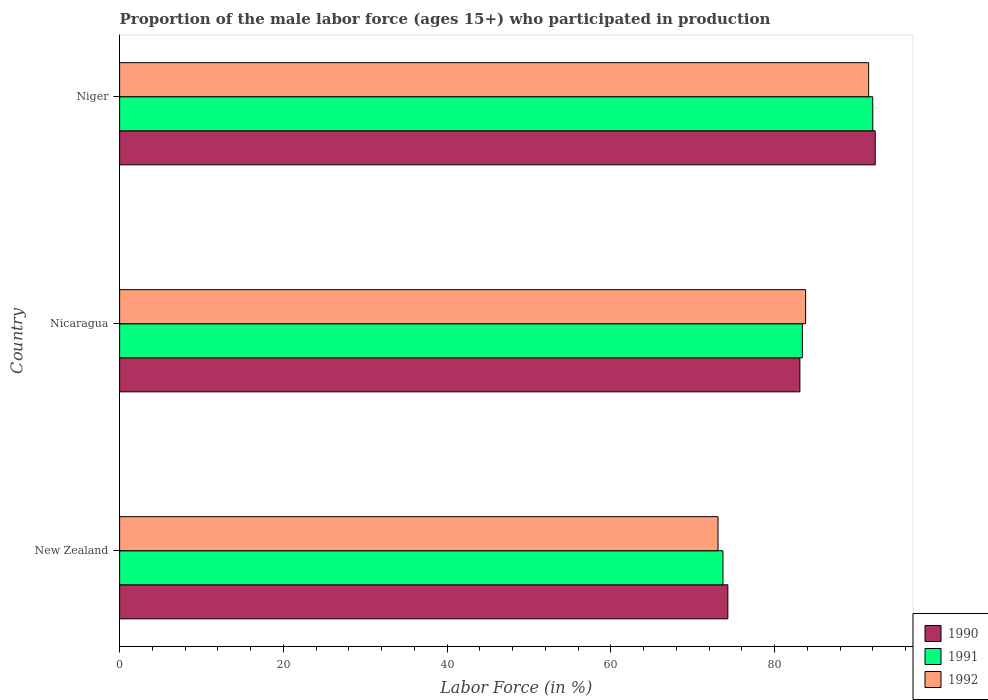
| Country | 1990 | 1991 | 1992 |
 | --- | --- | --- | --- |
 | New Zealand | 74.3 | 73.7 | 73.1 |
 | Nicaragua | 83.1 | 83.4 | 83.8 |
 | Niger | 92.3 | 92 | 91.5 |